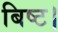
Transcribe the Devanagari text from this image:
बिष्ट।